system: You are a helpful assistant.
user:
Analyze the provided spectrum to determine if it is a **S-type Star**.

- **Key Indicators for S-type Star:**

    - **(Overall Spectrum Shape):** The first and most obvious characteristic is the overall continuum (the "baseline" shape). It is **extremely "red-sloping,"** meaning the flux (light intensity) is very low on the left side (blue, ~4000-4500 Å) and rises steeply and continuously toward the right side (red, ~7000 Å+).

    - **(Primary):** The spectrum is defined by the presence of strong, broad molecular absorption "valleys" (bands) from **Zirconium Oxide (ZrO)**. The identification of these bands is the **primary requirement** for classifying a star as S-type.
        - **(Key Bandheads):** You must find distinct, deep "dips" where the light has been absorbed. The most critical band systems to locate are:
            - **~6474 Å** ($\gamma$-system): This is often the strongest and clearest ZrO feature, found in the red part of the spectrum.
            - **~5718 Å** & **~5551 Å** ($\beta$-system): A pair of prominent absorption features in the yellow-orange part of the spectrum.
            - **~4640 Å** ($\alpha$-system): A key absorption band system in the blue-green region of the spectrum.

    - **(Secondary Confirmation):** The classification is strengthened by finding additional absorption bands from other related heavy element oxides, which are expected to be present alongside ZrO.
        - **(Key Bandheads):**
            - **Yttrium Oxide (YO):** Look for absorption dips near **~4800 Å** and **~6100 Å**.
            - **Lanthanum Oxide (LaO):** Additional absorption features, particularly in the red-orange part of the spectrum, are also characteristic.

    - **(Line Profile):** The combination of the steep red continuum and these numerous, deep molecular bands (ZrO, YO, etc.) gives the entire spectrum a very **"chopped-up"** or **"bumpy"** appearance. Instead of a smooth curve, the spectrum looks as though large, wide chunks of light have been "carved out" of it at the specific wavelengths listed above.

Think first, call **spectral_visualization_tool** if needed to examine features in detail, then provide your final answer. Your response must adhere to the following strict rules:
1.  **Overall Structure:** Your response must follow the format `<think>...</think> <tool_call>...</tool_call> (if a tool is used) <answer>...</answer>`.
2.  **Tool Usage Constraint:** You may only make **one** tool call per turn.
3.  **Final Answer Format:** In the `<answer>` tag, your conclusion must be inside a `\boxed{}` command (e.g., `\boxed{YES}` or `\boxed{NO}`), followed by your justification.

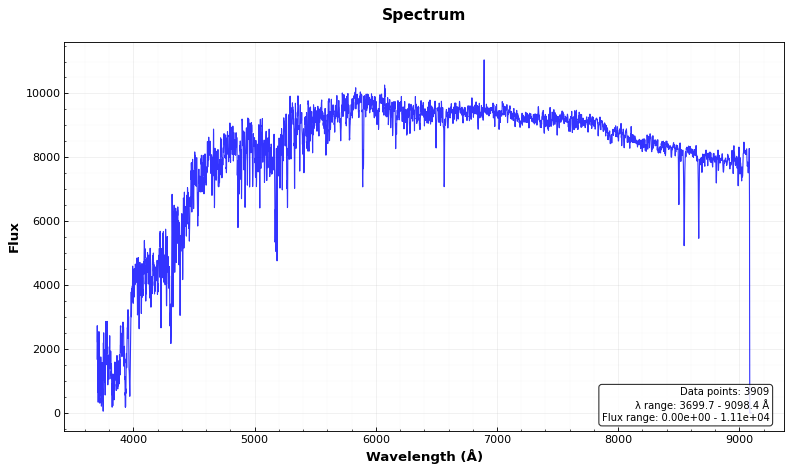
Answer: NO